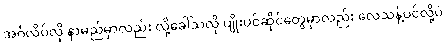
အင်္ဂလိပ်လို နာမည်မှာလည်း လို့ခေါ်သလို ပျိုးပင်ဆိုင်တွေမှာလည်း လေသန့်ပင်လို့ပဲ